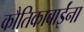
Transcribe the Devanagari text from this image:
कौतिकाबाईंना